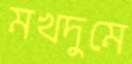
মখদুমে